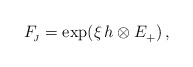
\begin{align*}F_{\!_{J}}=\exp(\xi\,h \otimes E_{+}^{})\, ,\end{align*}